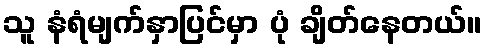
သူ နံရံမျက်နှာပြင်မှာ ပုံ ချိတ်နေတယ်။